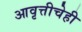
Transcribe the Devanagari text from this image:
आवृत्तीचेही